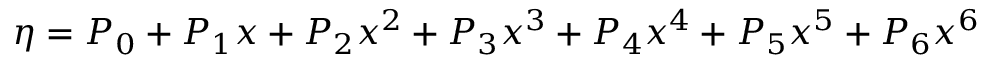
\eta = P _ { 0 } + P _ { 1 } x + P _ { 2 } x ^ { 2 } + P _ { 3 } x ^ { 3 } + P _ { 4 } x ^ { 4 } + P _ { 5 } x ^ { 5 } + P _ { 6 } x ^ { 6 }